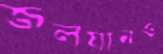
জলযানও